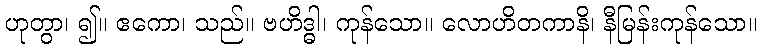
ဟုတွာ၊ ၍။ ဧကော၊ သည်။ ဗဟိဒ္ဓါ၊ ကုန်သော။ လောဟိတကာနိ၊ နီမြန်းကုန်သော။